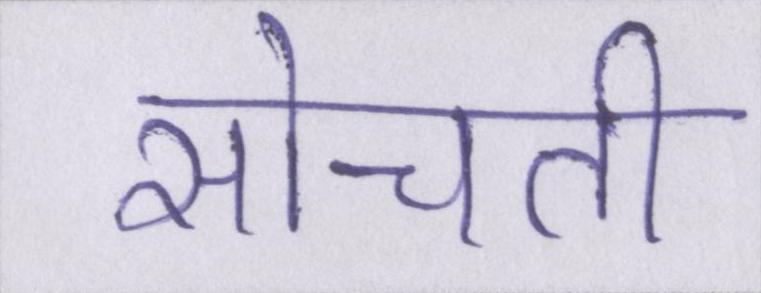
सोचती